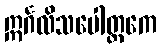
ဣင်္ဂလိသပေါတ္ထကေ